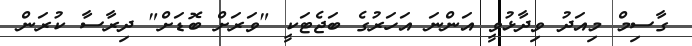
ގާސިމް މިއަދު ވިދާޅުވީ އަންނަ އަހަރުގެ ބަޖެޓަކީ "ވަރަށް ބޮޑަށް" ދިރާސާ ކުރަން